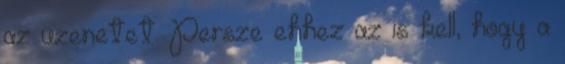
az üzenetet. Persze ehhez az is kell, hogy a